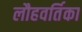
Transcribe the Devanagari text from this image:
लौहवर्तिका